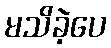
မသိခဲ့ပေ